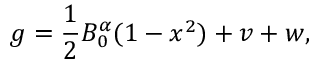
g = \frac 1 2 B _ { 0 } ^ { \alpha } ( 1 - x ^ { 2 } ) + v + w ,